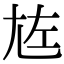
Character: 㝾